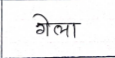
मजकूर: गेला